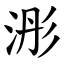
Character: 浵